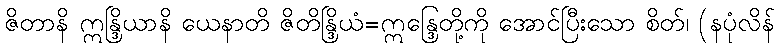
ဇိတာနိ ဣန္ဒြိယာနိ ယေနာတိ ဇိတိန္ဒြိယံ=ဣန္ဒြေတို့ကို အောင်ပြီးသော စိတ်၊ (နပုံလိန်